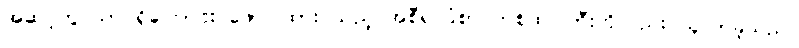
အဆင့်တွင်သာ ရှိကြောင်း ဖော်ပြထား သည့် အစီရင်ခံစာ တစ်ထပ်ကြီးကိုလည်း ယူလာခဲ့သည်။